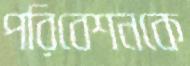
পরিবেশনকে